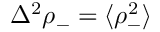
\Delta ^ { 2 } \rho _ { - } = \langle \rho _ { - } ^ { 2 } \rangle